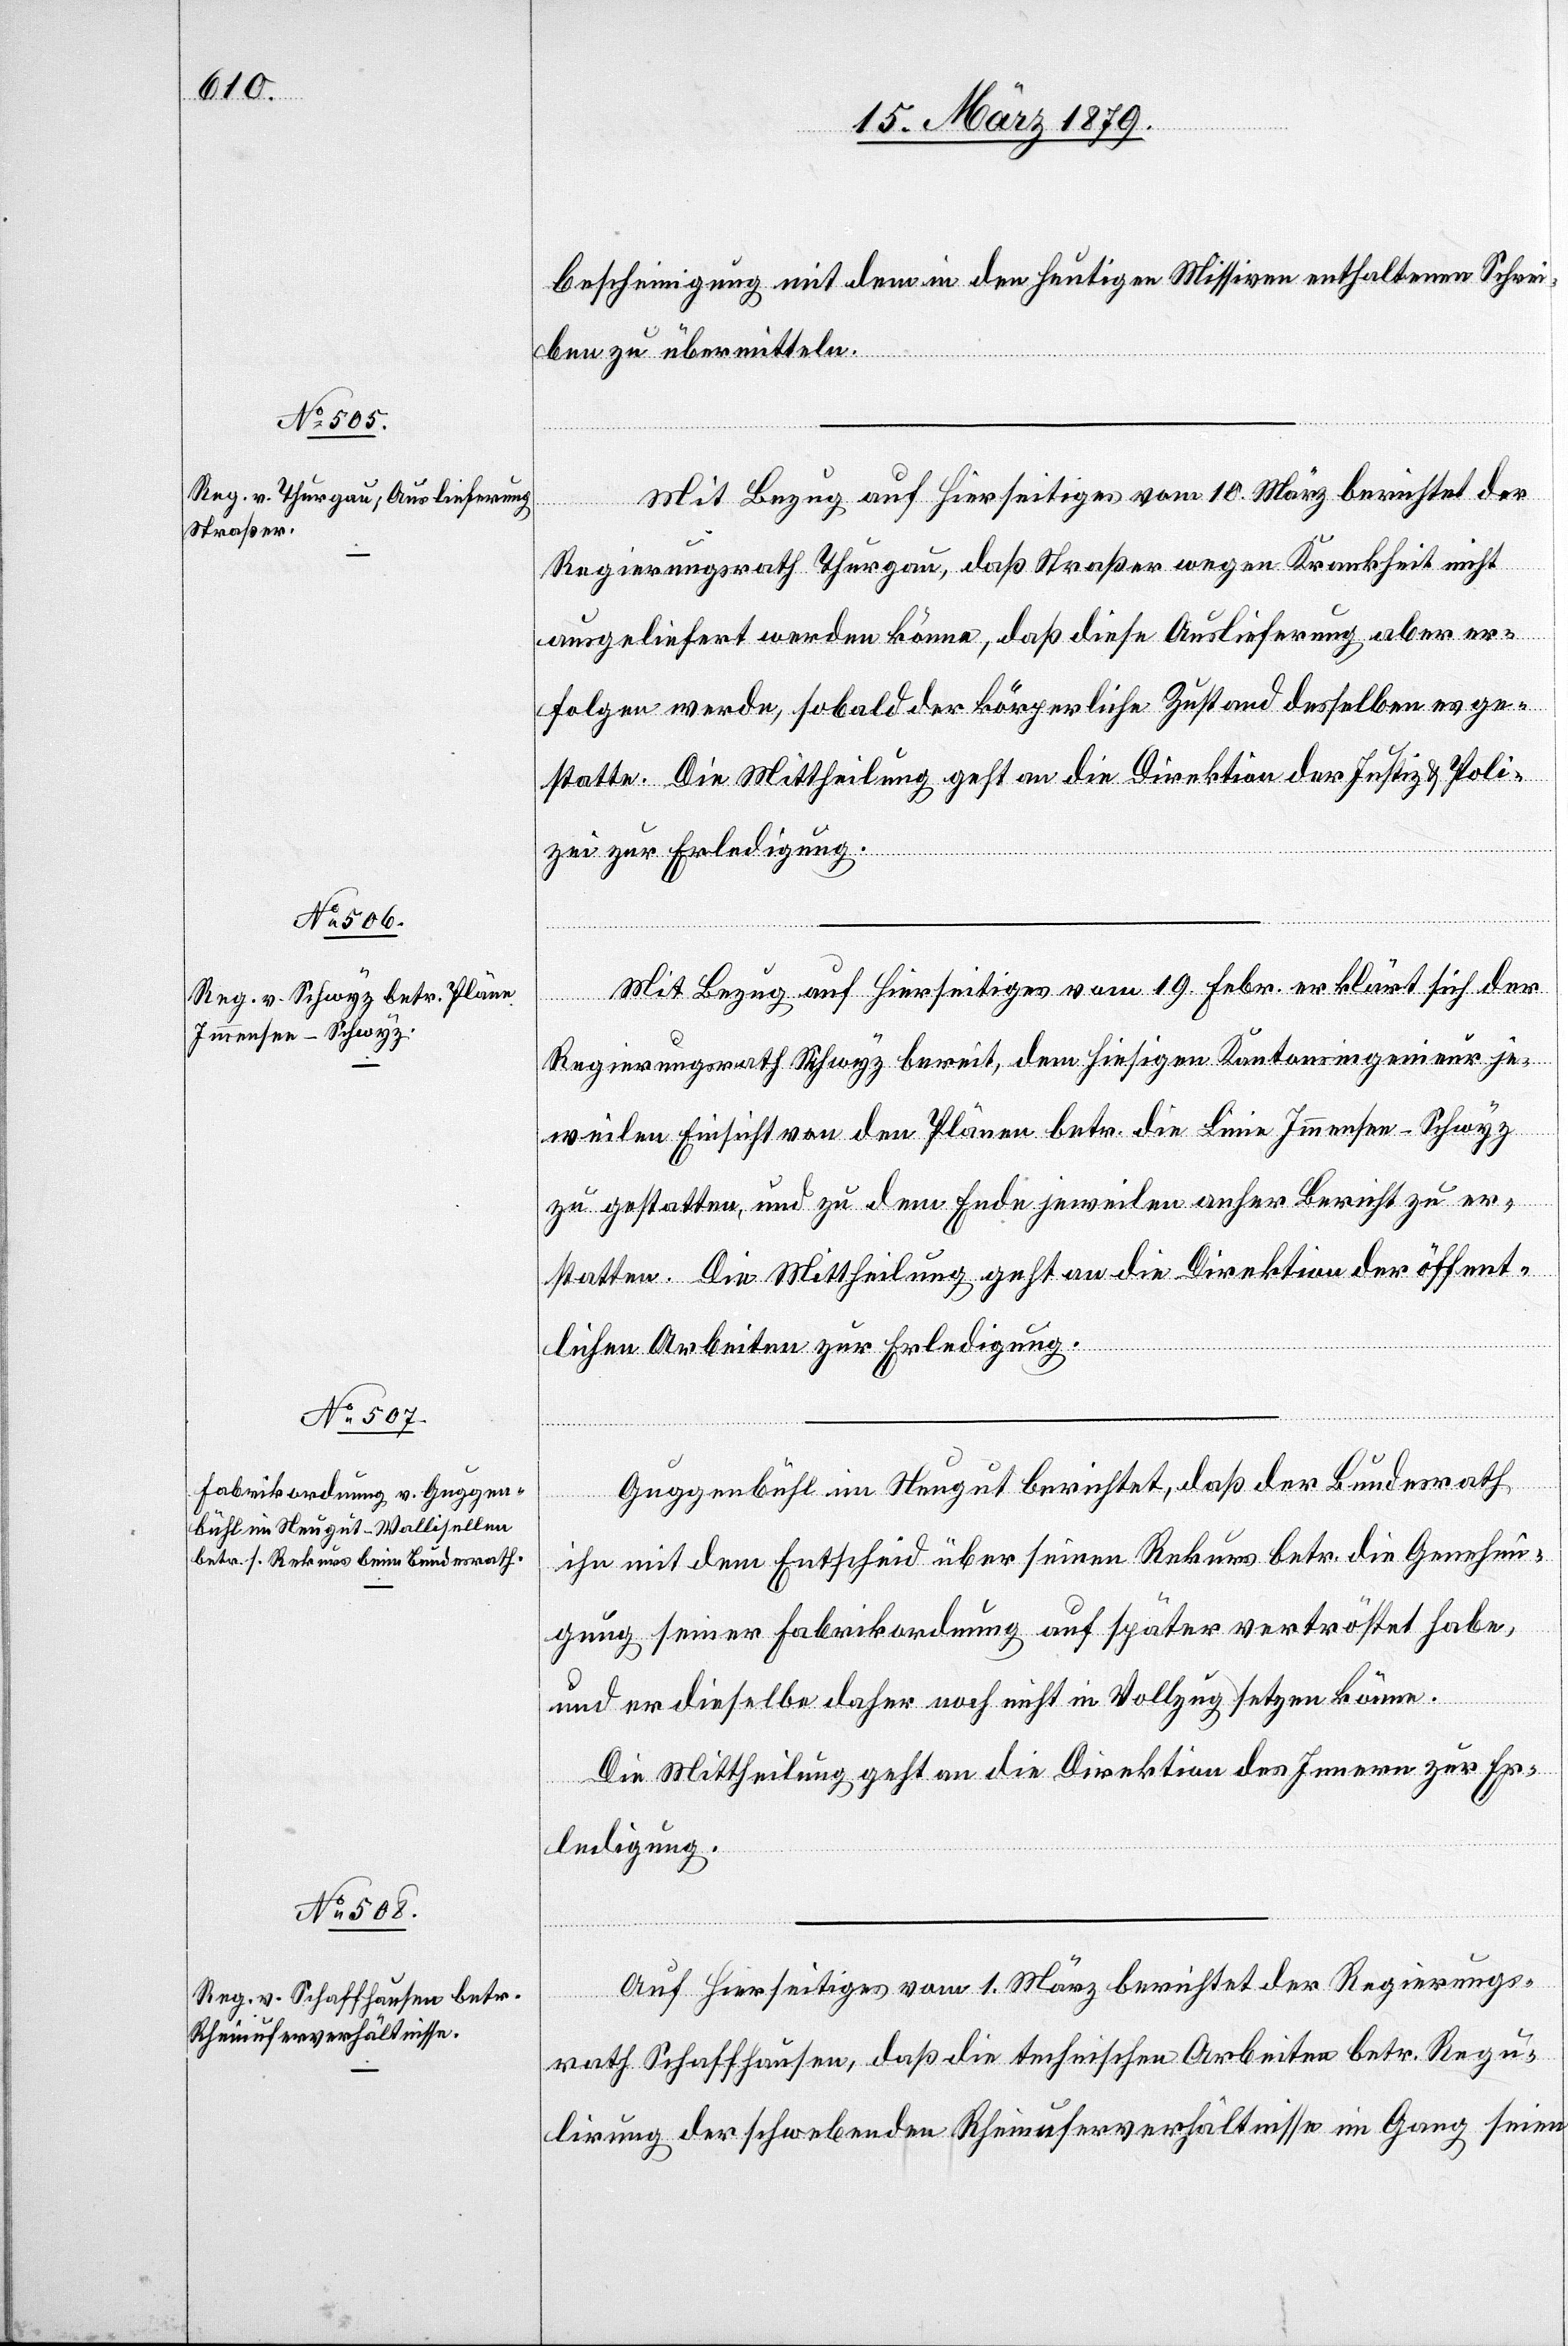
15. März 1879.]
bescheinigung mit dem in den heutigen Missiven enthaltenen Schrei¬
ben zu übermitteln.
Mit Bezug auf Hierseitiges vom 10. März berichtet der
Regierungsrath Thurgau, daß Straßer wegen Krankheit nicht
ausgeliefert werden könne, daß diese Auslieferung aber er¬
folgen werde, sobald der körperliche Zustand desselben es ge¬
statte. Die Mittheilung geht an die Direktion der Justiz & Poli¬
zei zur Erledigung.
Mit Bezug auf Hierseitiges vom 19. Febr. erklärt sich der
Regierungsrath Schwyz bereit, dem hiesigen Kantonsingenieur je¬
weilen Einsicht von den Plänen betr. die Linie Immensee–Schwyz
zu gestatten, und zu dem Ende jeweilen anher Bericht zu er¬
statten. Die Mittheilung geht an die Direktion der öffent¬
lichen Arbeiten zur Erledigung.
Guggenbühl im Neugut berichtet, daß der Bundesrath
ihn mit dem Entscheid über seinen Rekurs betr. die Genehmi¬
gung seiner Fabrikordnung auf später vertröstet habe,
und er dieselbe daher noch nicht in Vollzug setzen könne.
Die Mittheilung geht an die Direktion des Innern zur Er¬
ledigung.
Auf Hierseitiges vom 1. März berichtet der Regierungs¬
rath Schaffhausen, daß die technischen Arbeiten betr. Regu¬
lirung der schwebenden Rheinuferverhältnisse im Gang seien